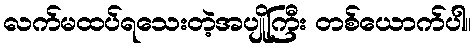
လက်မထပ်ရသေးတဲ့အပျိုကြီး တစ်ယောက်ပါ။